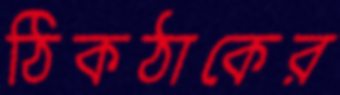
ঠিকঠাকের